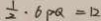
\frac { 1 } { 2 } \cdot 6 P Q = 1 2